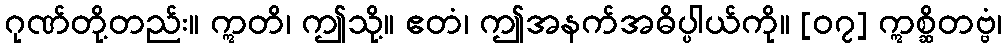
ဂုဏ်တို့တည်း။ ဣတိ၊ ဤသို့။ ဧတံ၊ ဤအနက်အဓိပ္ပါယ်ကို။ [၀၇] ဣစ္ဆိတဗ္ဗံ၊